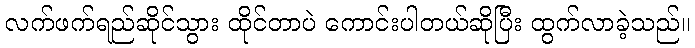
လက်ဖက်ရည်ဆိုင်သွား ထိုင်တာပဲ ကောင်းပါတယ်ဆိုပြီး ထွက်လာခဲ့သည်။